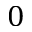
\a = 0